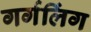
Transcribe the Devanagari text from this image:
गर्गलिंग